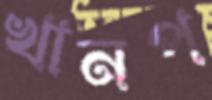
খানপ